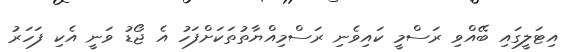
އިޓަލީގައި ބޭއްވި ރަސްމީ ކައިވެނި ރަސްމިއްޔާތުތަކަށްފަހު އެ ޖޯޑު ވަނީ އެކި ފަހަރު